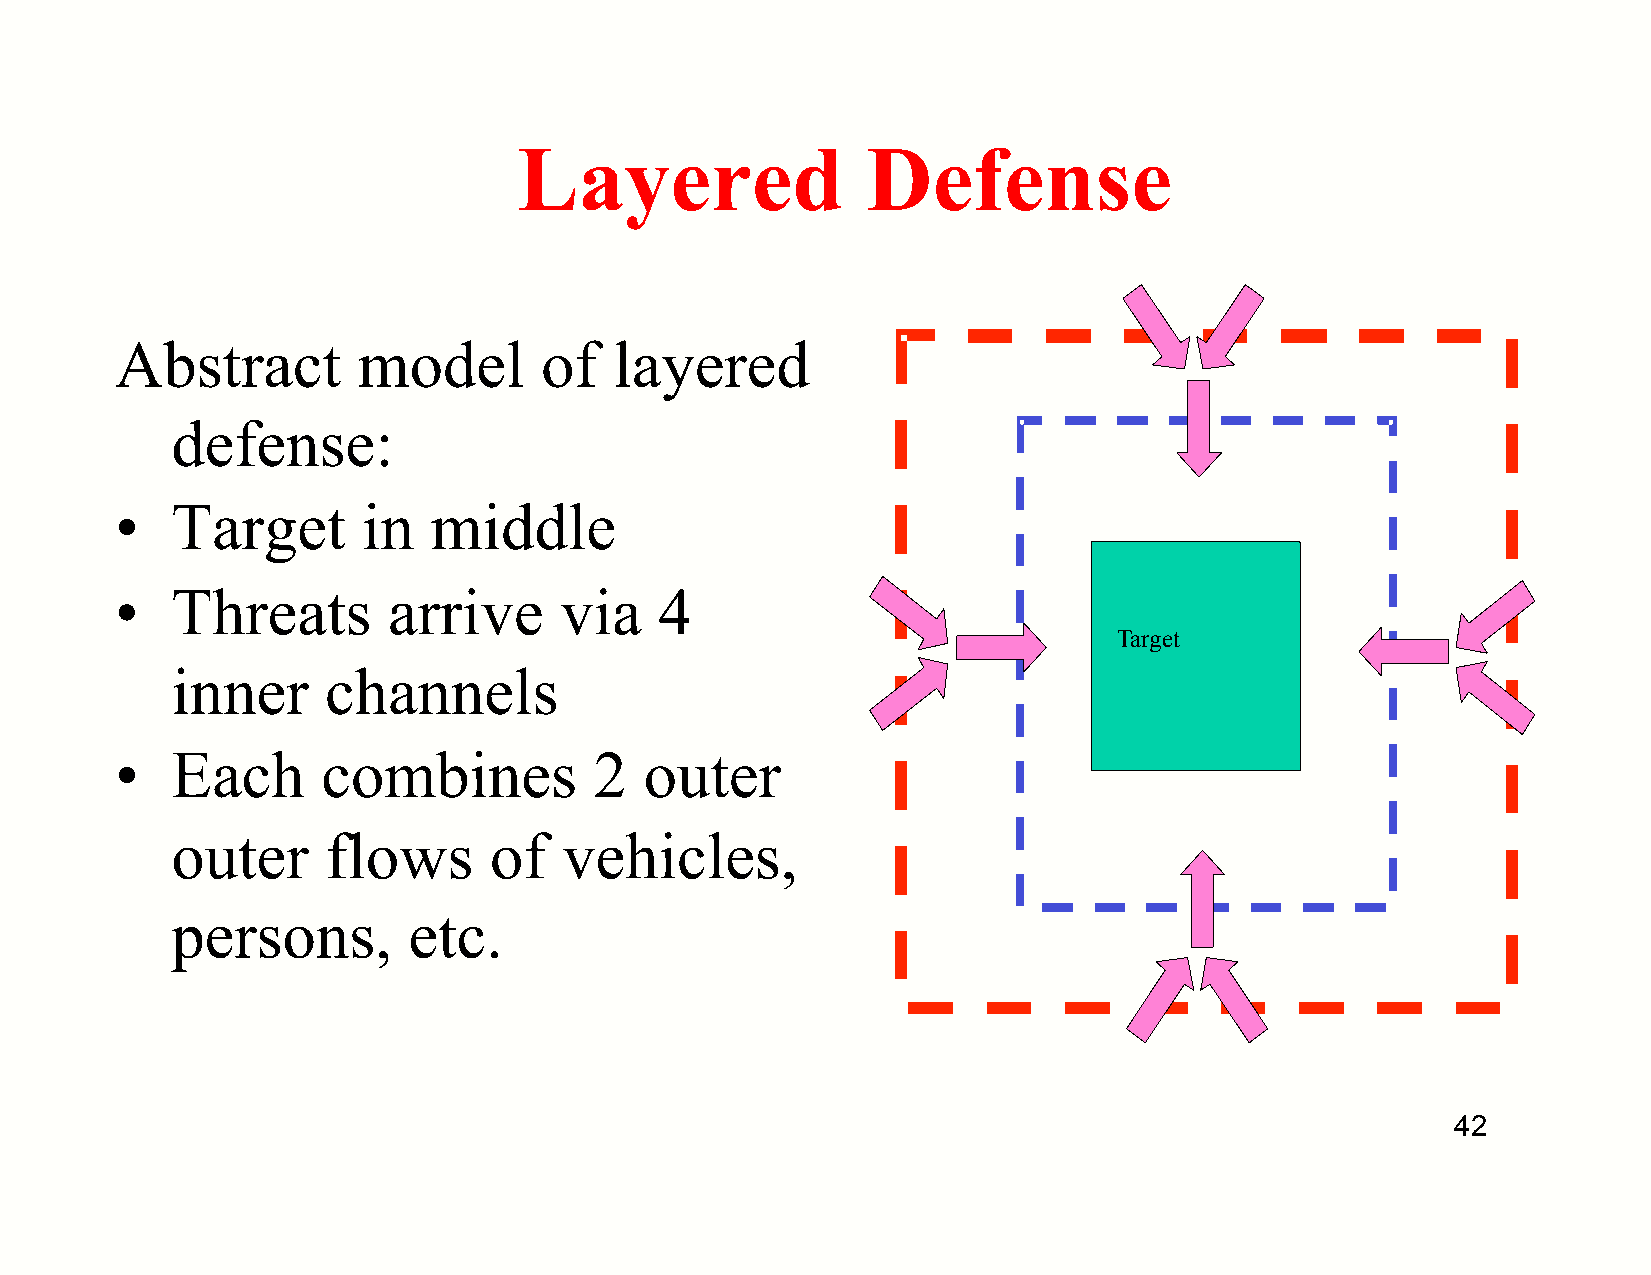
Layered                Defense
 Abstract        model       of   layered
 defense:
 •  Target       in  middle
 •  Threats        arrive     via    4
 Target
 inner      channels
 •  Each      combines          2   outer
 outer      flows     of   vehicles,
 persons,        etc.
 42